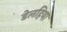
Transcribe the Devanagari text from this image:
डेलहिया